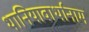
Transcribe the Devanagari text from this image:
थानियावार्थानाम